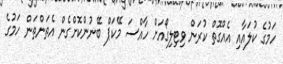
ހަމުގެ ކުލައާއި އެއްގޮތް ކުރަން ވިޓިލިގޯއަށް ހާއްސަ މޭކަޕް ބޭނުންކޮށްގެން އެތަންތަން ހަމުގެ